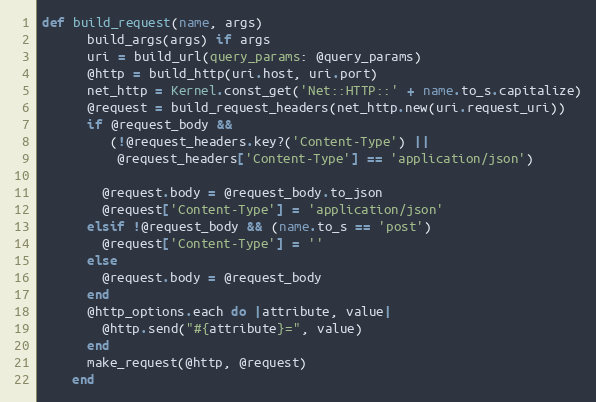
Language: Ruby
def build_request(name, args)
      build_args(args) if args
      uri = build_url(query_params: @query_params)
      @http = build_http(uri.host, uri.port)
      net_http = Kernel.const_get('Net::HTTP::' + name.to_s.capitalize)
      @request = build_request_headers(net_http.new(uri.request_uri))
      if @request_body &&
         (!@request_headers.key?('Content-Type') ||
          @request_headers['Content-Type'] == 'application/json')

        @request.body = @request_body.to_json
        @request['Content-Type'] = 'application/json'
      elsif !@request_body && (name.to_s == 'post')
        @request['Content-Type'] = ''
      else
        @request.body = @request_body
      end
      @http_options.each do |attribute, value|
        @http.send("#{attribute}=", value)
      end
      make_request(@http, @request)
    end